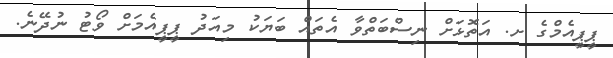
ޕީޕީއެމްގެ ށ. އަތޮޅަށް ނިސްބަތްވާ އެތައް ބަޔަކު މިއަދު ޕީޕީއެމަށް ވޯޓު ނުދޭނެ.